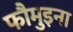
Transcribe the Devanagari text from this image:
फौमुइना